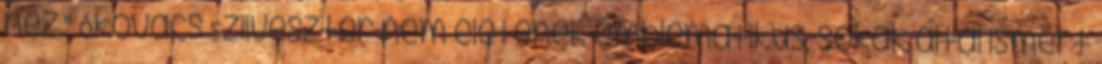
néz." Ókovács Szilveszter nem életének emblematikus, sokak által ismert